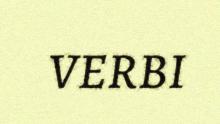
VERBI